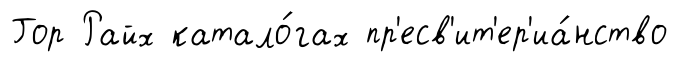
Гор Райх катало́гах пр'есв'ит'ер'иа́нство